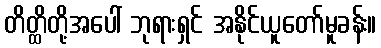
တိတ္ထိတို့အပေါ် ဘုရားရှင် အနိုင်ယူတော်မူခန်း။